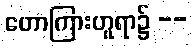
ဟောကြားဟူရာ၌ --